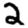
Digit: 2